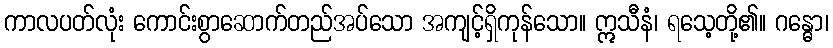
ကာလပတ်လုံး ကောင်းစွာဆောက်တည်အပ်သော အကျင့်ရှိကုန်သော။ ဣသီနံ၊ ရသေ့တို့၏။ ဂန္ဓော၊